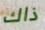
ذاك